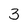
Character: 3